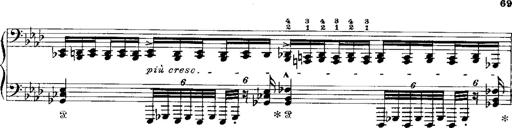
Title: Miserere du Trovatore
Composer: Franz Liszt